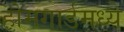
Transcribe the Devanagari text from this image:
होमगार्डमध्ये